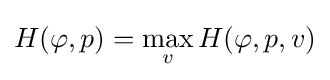
H(\varphi ,p)=\max _{v}H(\varphi ,p,v)